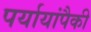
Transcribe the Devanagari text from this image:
पर्यायांपैकी